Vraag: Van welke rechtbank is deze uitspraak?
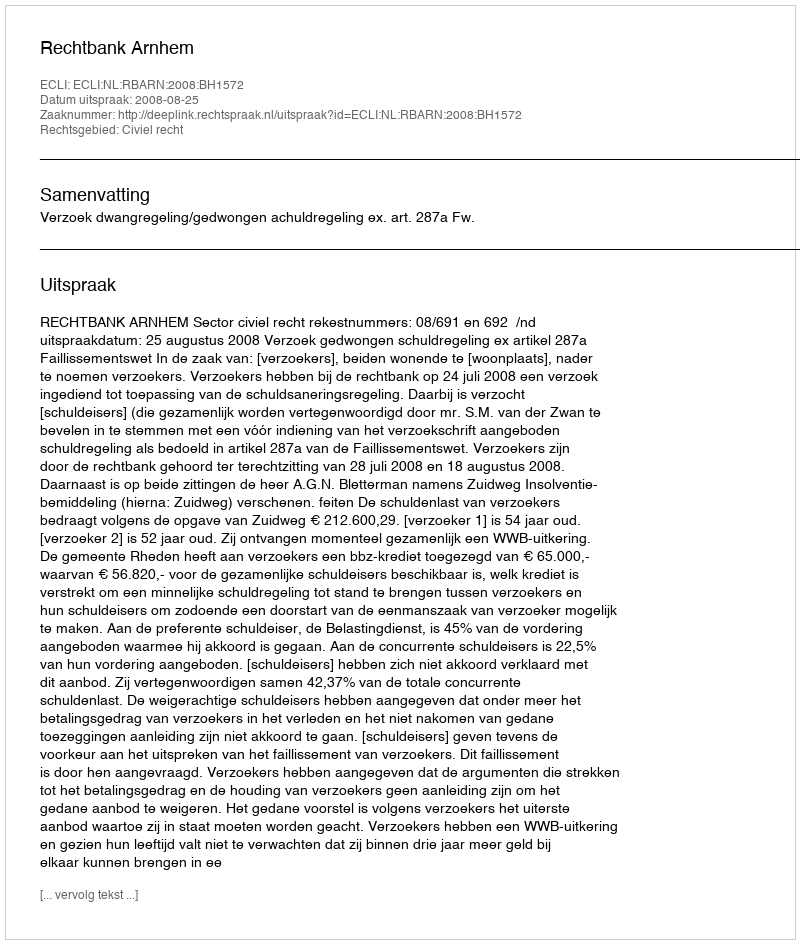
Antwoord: Rechtbank Arnhem